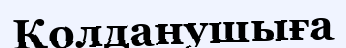
Қолданушыға